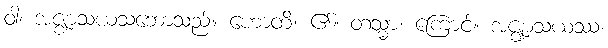
ဝါ၊ အဇ္ဈာသယသဘောသည်။ ဟောတိ၊ ၏။ တသ္မာ၊ ကြောင့်။ အဇ္ဈာသယဿ၊